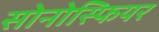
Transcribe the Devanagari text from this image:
सोनोस्फियर